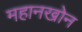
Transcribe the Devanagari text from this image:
महानखोन